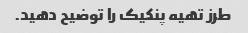
طرز تهیه پنکیک را توضیح دهید.